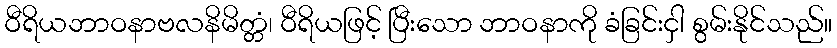
ဝီရိယဘာဝနာဗလနိမိတ္တံ၊ ဝီရိယဖြင့် ပြီးသော ဘာဝနာကို ခံခြင်းငှါ စွမ်းနိုင်သည်။